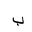
Letter: _ba